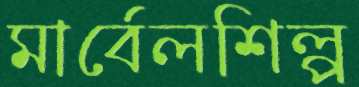
মার্বেলশিল্প